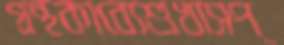
গ্রন্থকাব্যেশুখাসপ্